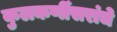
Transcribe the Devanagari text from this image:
कुलकर्णीसरांचे